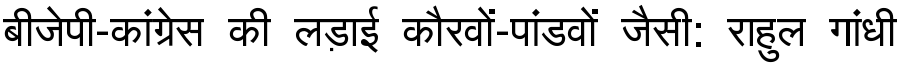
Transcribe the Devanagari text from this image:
बीजेपी-कांग्रेस की लड़ाई कौरवों-पांडवों जैसी: राहुल गांधी